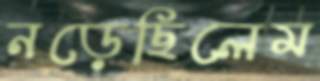
নড়েছিলেম